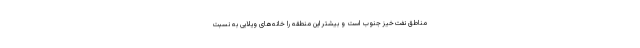
مناطق نفت‌خیز جنوب است و بیشتر این منطقه را خانه‌های ویلایی به نسبت